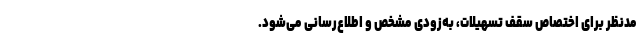
مدنظر برای اختصاص سقف تسهیلات، به‌زودی مشخص و اطلاع‌رسانی می‌شود.